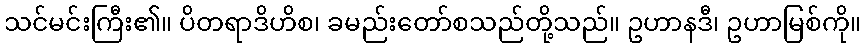
သင်မင်းကြီး၏။ ပိတရာဒိဟိစ၊ ခမည်းတော်စသည်တို့သည်။ ဥဟာနဒီ၊ ဥဟာမြစ်ကို။